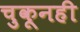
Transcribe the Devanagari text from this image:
चुकूनही